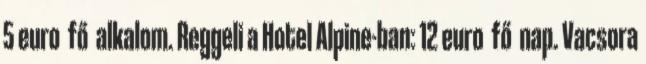
5 euro fő alkalom. Reggeli a Hotel Alpine-ban: 12 euro fő nap. Vacsora